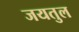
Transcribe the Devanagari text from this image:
जयतुल